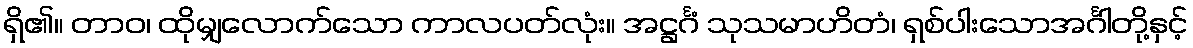
ရှိ၏။ တာဝ၊ ထိုမျှလောက်သော ကာလပတ်လုံး။ အဋ္ဌင်္ဂံ သုသမာဟိတံ၊ ရှစ်ပါးသောအင်္ဂါတို့နှင့်